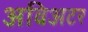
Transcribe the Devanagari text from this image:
अविअटर